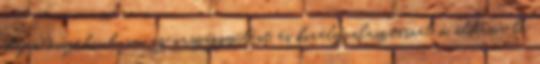
idején összehívhassa az országgyűlést, és királyválasztásnál ő adhassa le